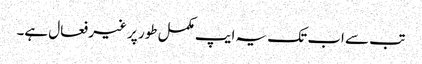
تب سے اب تک یہ ایپ مکمل طور پر غیر فعال ہے۔